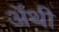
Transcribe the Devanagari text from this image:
अॅथी